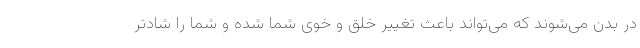
در بدن می‌شوند که می‌تواند باعث تغییر خلق و خوی شما شده و شما را شادتر